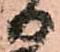
る